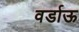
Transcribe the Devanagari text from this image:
वर्डाऊ